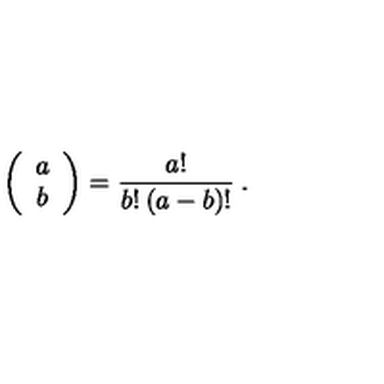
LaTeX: \left( \begin{array} { c } { a } \\ { b } \\ \end{array} \right) = \frac { a ! } { b ! \: ( a - b ) ! } \: .